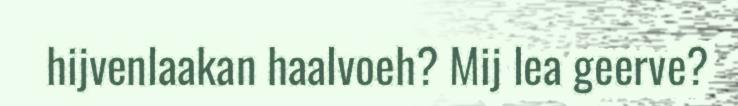
hijvenlaakan haalvoeh? Mij lea geerve?